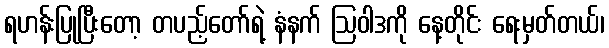
ရဟန်းပြုပြီးတော့ တပည့်တော်ရဲ့ နံနက် ဩဝါဒကို နေ့တိုင်း ရေးမှတ်တယ်၊